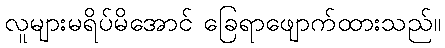
လူများမရိပ်မိအောင် ခြေရာဖျောက်ထားသည်။